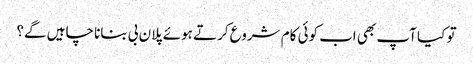
تو کیا آپ بھی اب کوئی کام شروع کرتے ہوئے پلان بی بنانا چاہیں گے؟